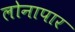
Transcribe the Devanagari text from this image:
लोनापार